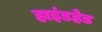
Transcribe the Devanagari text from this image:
हाइंडहेड